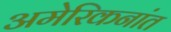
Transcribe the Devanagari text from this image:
अमेरिकनांत